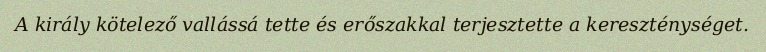
A király kötelező vallássá tette és erőszakkal terjesztette a kereszténységet.